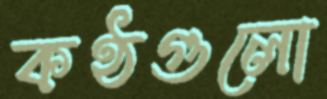
কণ্ঠগুলো